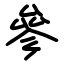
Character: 參